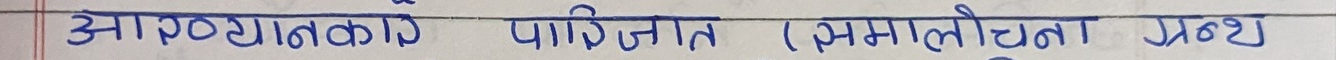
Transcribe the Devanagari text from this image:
आख्यानकाव्य पठित (समीक्षा ग्रंथ)